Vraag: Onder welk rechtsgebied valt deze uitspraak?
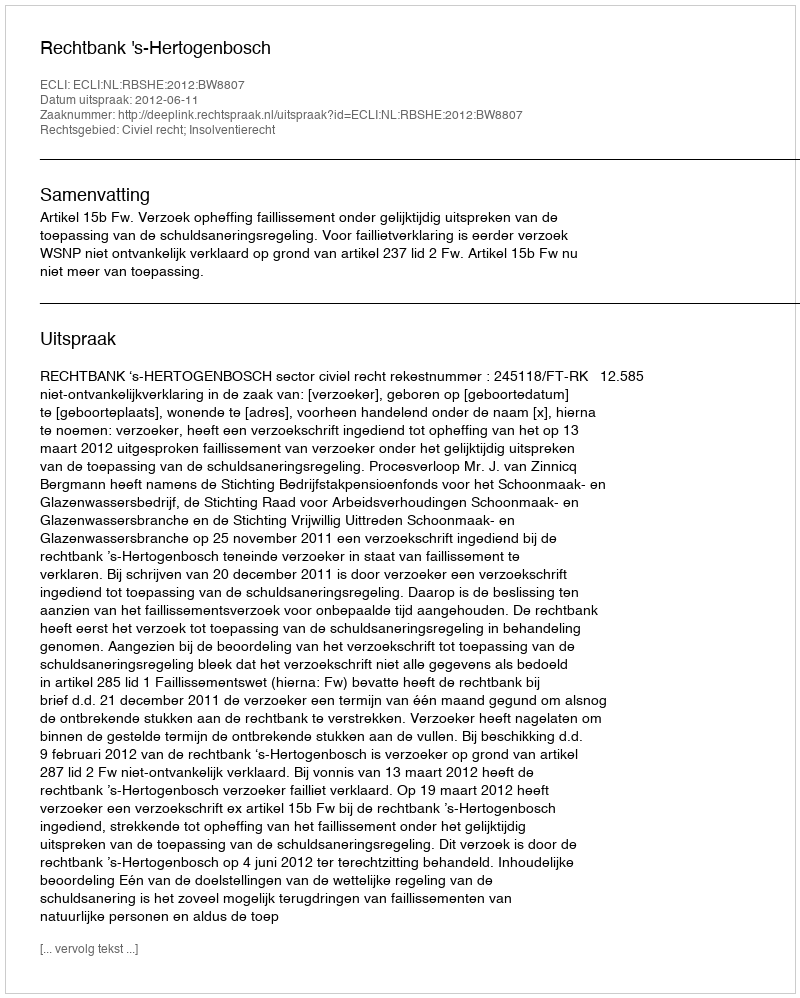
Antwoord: Civiel recht; Insolventierecht